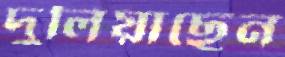
দুলিয়াছেন